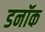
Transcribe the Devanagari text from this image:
डनॉक